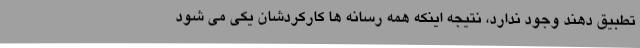
تطبیق دهند وجود ندارد، نتیجه اینکه همه رسانه ها کارکردشان یکی می شود